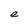
Character: e